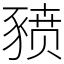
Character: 豮